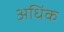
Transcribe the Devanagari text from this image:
अधिंक